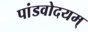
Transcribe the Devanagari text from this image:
पांडवोदयम्